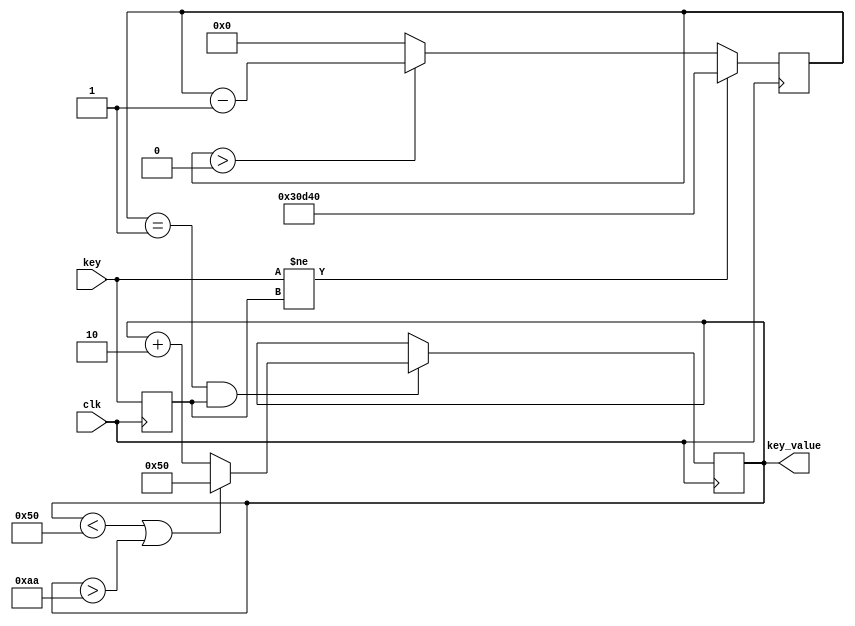
//key_value+1
//key_value80170

module key
(
    input                               clk                        ,
    input                               key                        ,
    output reg         [  10:0]         key_value                   
);

reg                                     key_reg                    ;
reg                    [  19:0]         timer                      ;

    parameter                           cnt_max = 20'd20_0000      ;

    always@(posedge clk)
        begin
            key_reg <= key;
            if(key != key_reg)
                timer <= cnt_max;
            else
                begin
                    if(timer > 20'd0)
                        timer <= timer -1'b1;
                    else
                        timer <= 20'd0;
                end
        end

    always@(posedge clk)begin
        if(timer == 20'b1 && key_reg == 1'b1)begin
            key_value <= key_value + 2;
            if(key_value < 80 || key_value > 170)
                key_value <= 80;
        end
    end

endmodule